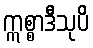
ဣစ္စာဒီသုပိ